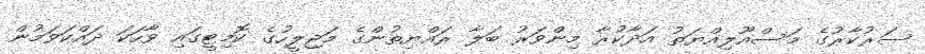
ސަރުކާރުގެ މަސްއޫލިއްޔަތު އަދާކުރާ މިންވަރު ބަލާ ރައްޔިތުންގެ މަޖިލީހުގެ ކޮމިޓީގައި ވާހަކަ ދައްކަވަމުން